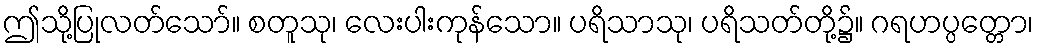
ဤသို့ပြုလတ်သော်။ စတူသု၊ လေးပါးကုန်သော။ ပရိသာသု၊ ပရိသတ်တို့၌။ ဂရဟပ္ပတ္တော၊